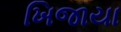
ખિજાયા